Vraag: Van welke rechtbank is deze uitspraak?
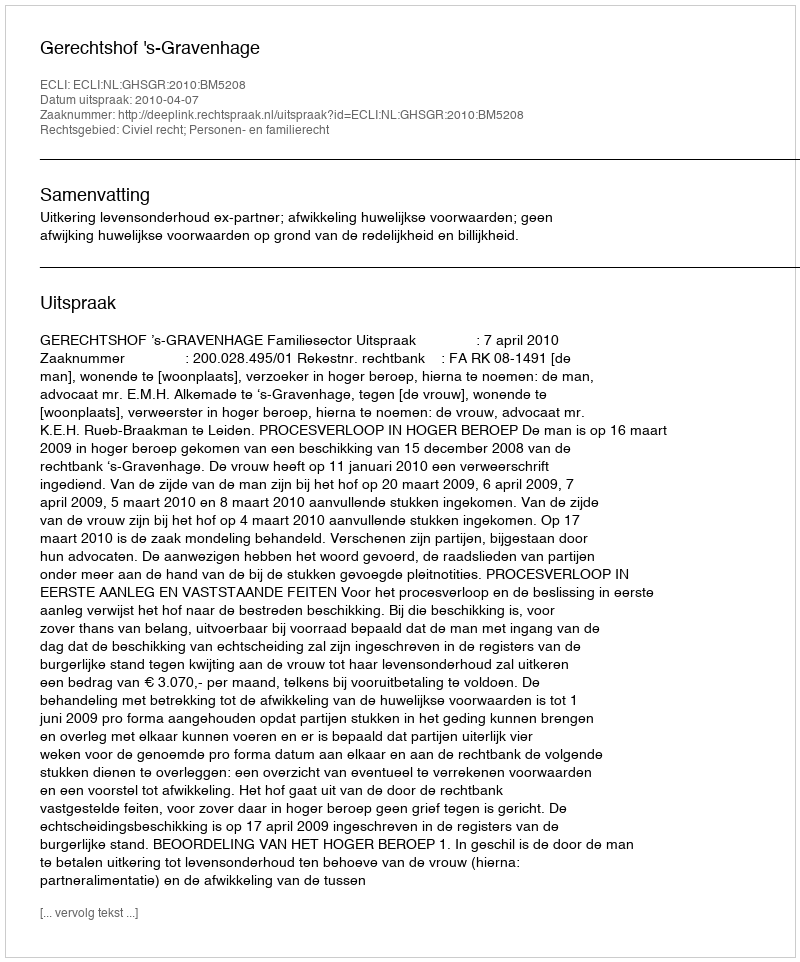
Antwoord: Gerechtshof 's-Gravenhage